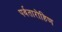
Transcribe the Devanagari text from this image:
पर्वतारोहिण